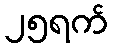
၂၅ရက်